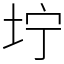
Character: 坾